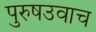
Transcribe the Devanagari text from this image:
पुरुषउवाच